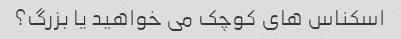
اسکناس های کوچک می خواهید یا بزرگ؟